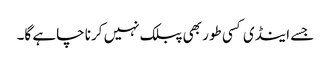
جسے اینڈی کسی طور بھی پبلک نہیں کرنا چاہے گا۔